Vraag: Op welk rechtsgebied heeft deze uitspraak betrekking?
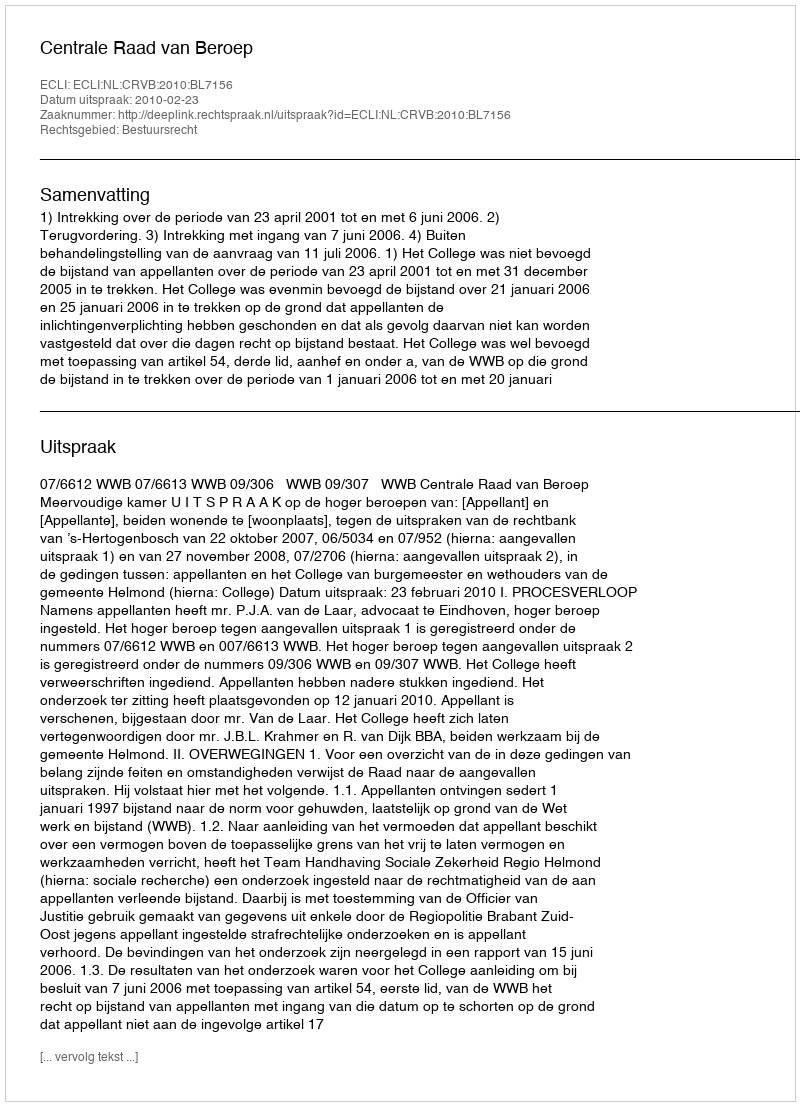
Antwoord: Bestuursrecht